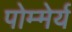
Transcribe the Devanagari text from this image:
पोम्मेर्य